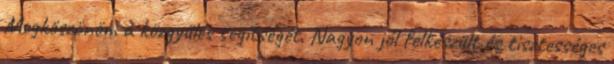
Megköszönöm a közgyűlés segítségét. Nagyon jól felkészült és tisztességes